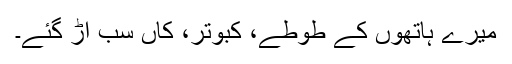
میرے ہاتھوں کے طوطے، کبوتر، کاں سب اڑ گئے۔